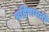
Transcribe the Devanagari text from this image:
महिषामती